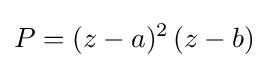
P=(z-a)^{2}\,(z-b)